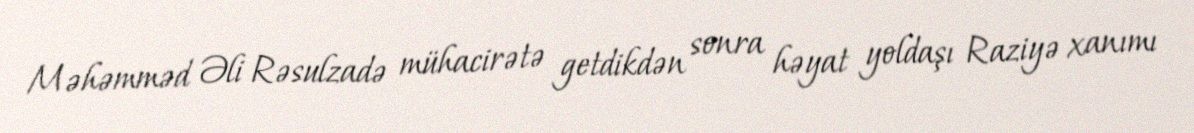
Məhəmməd Əli Rəsulzadə mühacirətə getdikdən sonra həyat yoldaşı Raziyə xanımı